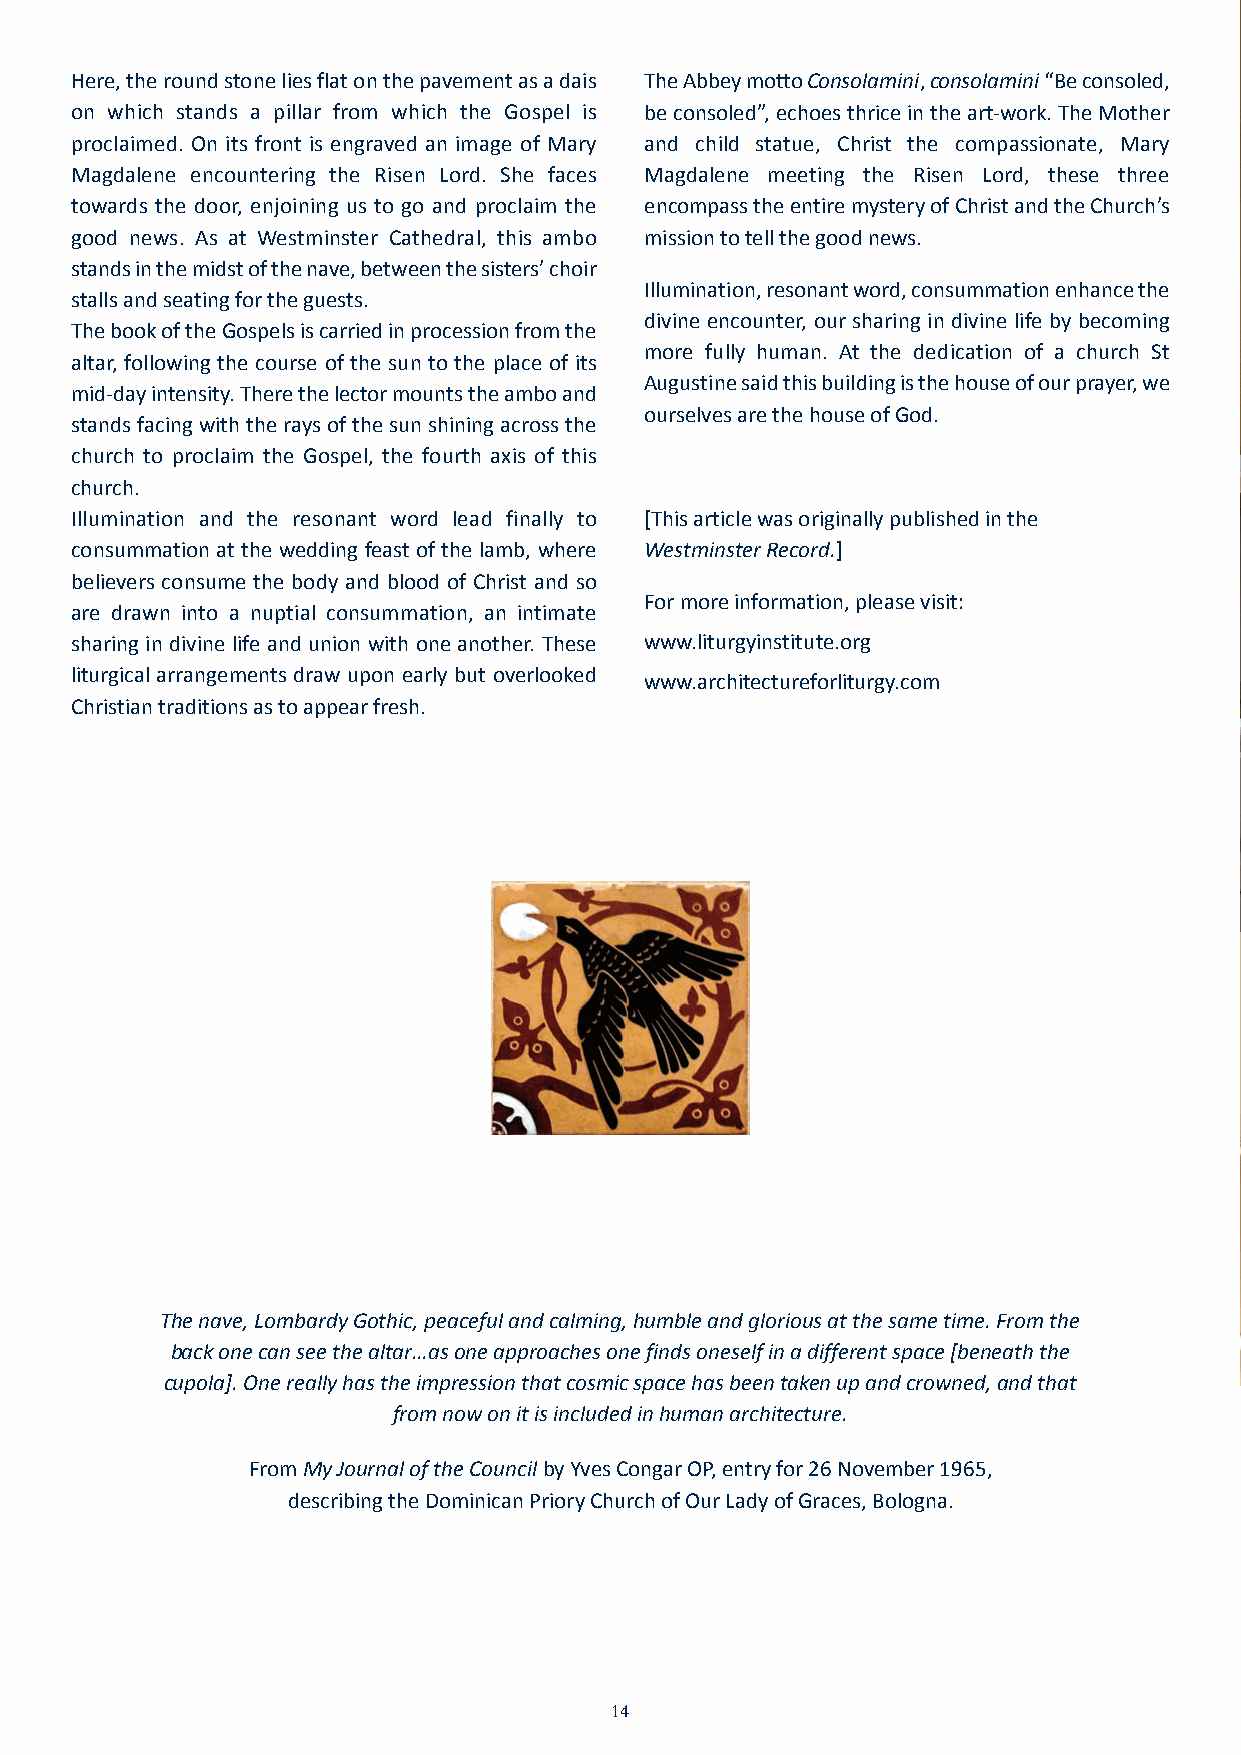
JN40870_Stanbrook 32pp Inners_Layout 1 18/11/2015 14:09 Page 14
 Here, the round stone lies flat on the pavement as a dais The Abbey motto Consolamini,consolamini“Be consoled,
 on which stands a pillar from which the Gospel is be consoled”, echoes thrice in the art-work. The Mother
 proclaimed. On its front is engraved an image of Mary and child statue, Christ the compassionate, Mary
 Magdalene encountering the Risen Lord. She faces Magdalene meeting the Risen Lord, these three
 towards the door, enjoining us to go and proclaim the encompass the entire mystery of Christ and the Church’s
 good news. As at Westminster Cathedral, this ambo mission to tell the good news.
 stands in the midst of the nave, between the sisters’ choir
 Illumination, resonant word, consummation enhance the
 stalls and seating for the guests.
 divine encounter, our sharing in divine life by becoming
 The book of the Gospels is carried in procession from the
 more fully human. At the dedication of a church St
 altar, following the course of the sun to the place of its
 Augustine said this building is the house of our prayer, we
 mid-day intensity. There the lector mounts the ambo and
 ourselves are the house of God.
 stands facing with the rays of the sun shining across the
 church to proclaim the Gospel, the fourth axis of this
 church.
 Illumination and the resonant word lead finally to [This article was originally published in the
 consummation at the wedding feast of the lamb, where Westminster Record.]
 believers consume the body and blood of Christ and so
 For more information, please visit:
 are drawn into a nuptial consummation, an intimate
 sharing in divine life and union with one another. These www.liturgyinstitute.org
 liturgical arrangements draw upon early but overlooked
 www.architectureforliturgy.com
 Christian traditions as to appear fresh.
 The nave, Lombardy Gothic, peaceful and calming, humble and glorious at the same time. From the
 back one can see the altar…as one approaches one finds oneself in a different space [beneath the
 cupola]. One really has the impression that cosmic space has been taken up and crowned, and that
 from now on it is included in human architecture.
 From My Journal of the Councilby Yves Congar OP, entry for 26 November 1965,
 describing the Dominican Priory Church of Our Lady of Graces, Bologna.
 14